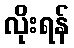
လိုးရန်